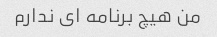
من هیچ برنامه ای ندارم